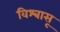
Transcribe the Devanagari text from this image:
विश्‍वासू